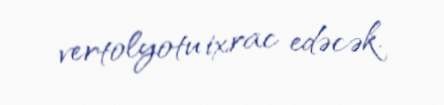
vertolyotu ixrac edəcək.